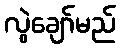
လွဲချော်မည်